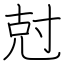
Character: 尅